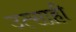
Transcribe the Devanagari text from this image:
उत्‍साही